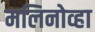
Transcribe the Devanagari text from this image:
मलिनोव्हा